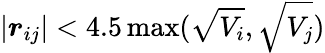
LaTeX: \left|\boldsymbol{r}_{ij}\right|<4.5\operatorname*{max}(\sqrt{V_{i}},\sqrt{V_{j}})